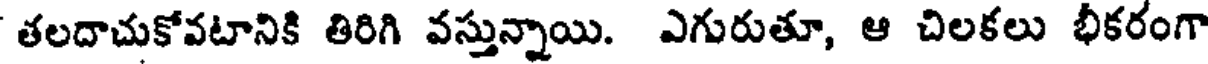
తలదాచుకోవటానికి తిరిగి వస్తున్నాయి. ఎగురుతూ, ఆ చిలకలు భీకరంగా